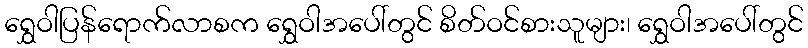
ရွှေဝါပြန်ရောက်လာစက ရွှေဝါအပေါ်တွင် စိတ်ဝင်စားသူများ၊ ရွှေဝါအပေါ်တွင်